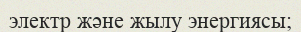
электр және жылу энергиясы;